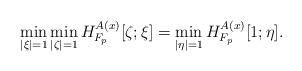
LaTeX: \begin{align*}\min_{|\xi|=1}\min_{|\zeta|=1}H_{F_p}^{A(x)}[\zeta;\xi]=\min_{|\eta|=1}H_{F_p}^{A(x)}[1;\eta].\end{align*}